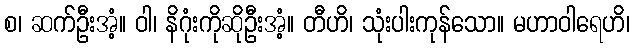
စ၊ ဆက်ဦးအံ့။ ဝါ၊ နိဂုံးကိုဆိုဦးအံ့။ တီဟိ၊ သုံးပါးကုန်သော။ မဟာဝါရေဟိ၊